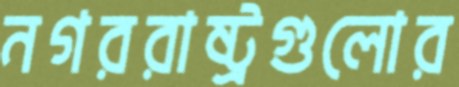
নগররাষ্ট্রগুলোর